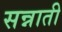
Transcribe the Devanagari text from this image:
सन्नाती